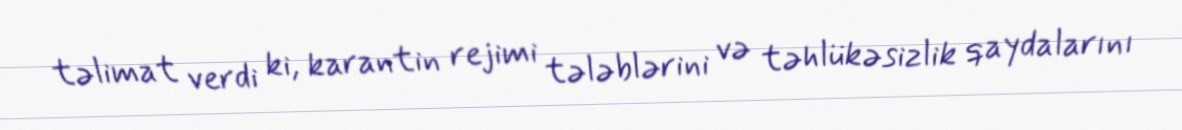
təlimat verdi ki, karantin rejimi tələblərini və təhlükəsizlik qaydalarını